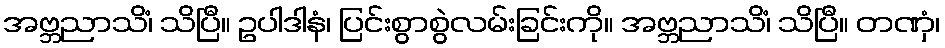
အဗ္ဘညာသိံ၊ သိပြီ။ ဥပါဒါနံ၊ ပြင်းစွာစွဲလမ်းခြင်းကို။ အဗ္ဘညာသိံ၊ သိပြီ။ တဏှံ၊